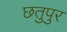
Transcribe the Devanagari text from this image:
छतुपुर